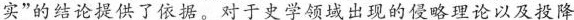
实”的结论提供了依据。对于史学领域出现的侵略理论以及投降